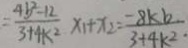
= \frac { 4 b ^ { 2 } - 1 2 } { 3 + 4 k ^ { 2 } } x 1 + x _ { 2 } = \frac { - 8 k b } { 3 + 4 k ^ { 2 } }